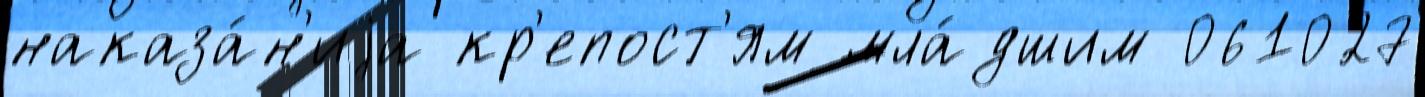
наказа́н'иjа кр'епост'ям мла́дшим 061027